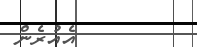
އެއުރެން